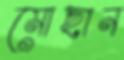
মোছান